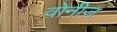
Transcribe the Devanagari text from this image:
वोनीज़